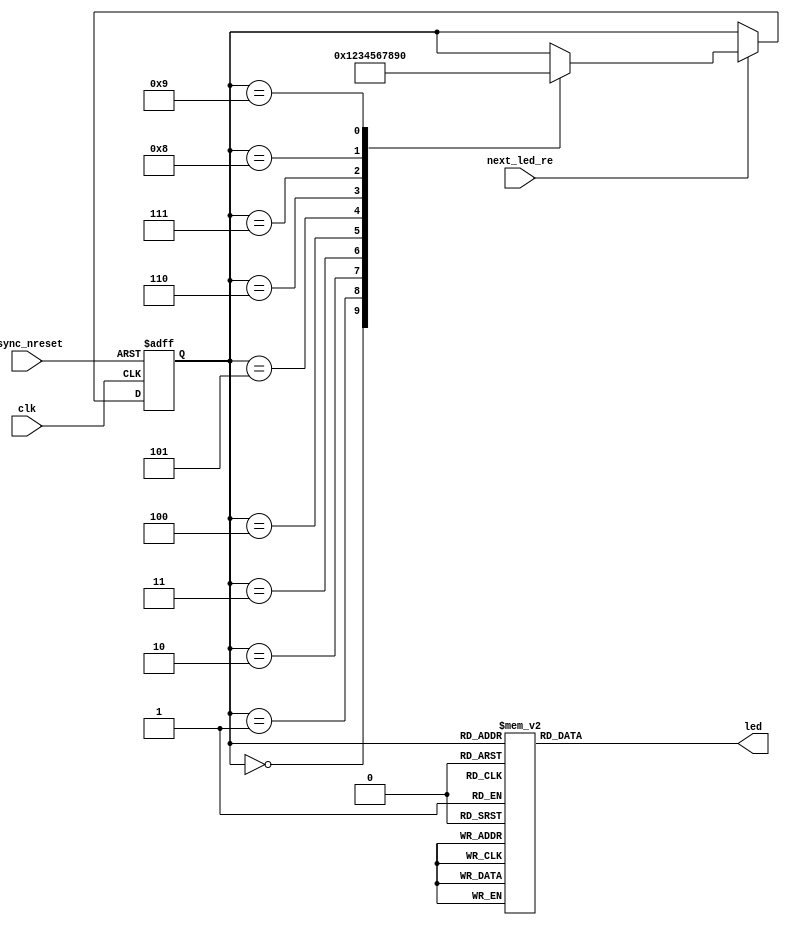
module led_driver_1
	(
		input clk,
		input async_nreset,
		
		input next_led_re,
		
		output reg [4:0] led
	);
	
	localparam OFF_STATE = 4'd0;
	localparam STATE_A = 4'd1;
	localparam STATE_B = 4'd2;
	localparam STATE_C = 4'd3;
	localparam STATE_D = 4'd4;
	localparam STATE_E = 4'd5;
	localparam STATE_F = 4'd6;
	localparam STATE_G = 4'd7;
	localparam STATE_H = 4'd8;
	localparam STATE_I = 4'd9;
	
	reg [3:0] state_reg, state_next;
	
	always @(*)
	begin
		state_next <= state_reg;
		
		if (next_led_re)
		begin
			case (state_reg)
				OFF_STATE:
					state_next <= STATE_A;
				STATE_A:
					state_next <= STATE_B;
				STATE_B:
					state_next <= STATE_C;
				STATE_C:
					state_next <= STATE_D;
				STATE_D:
					state_next <= STATE_E;
				STATE_E:
					state_next <= STATE_F;
				STATE_F:
					state_next <= STATE_G;
				STATE_G:
					state_next <= STATE_H;
				STATE_H:
					state_next <= STATE_I;
				STATE_I:
					state_next <= OFF_STATE;
			endcase
		end
	end
	
	always @(posedge clk, negedge async_nreset)
	begin
		if (async_nreset == 1'b0)
			state_reg <= OFF_STATE;
		else 
			state_reg <= state_next;
	end
	
	always @(*)
	begin
		case (state_reg)
			OFF_STATE:
				led <= 5'b0_0000;
			STATE_A:
				led <= 5'b0_0001;
			STATE_B:
				led <= 5'b1_0000;
			STATE_C:
				led <= 5'b0_0010;
			STATE_D:
				led <= 5'b0_1000;
			STATE_E:
				led <= 5'b0_0100;
			STATE_F:
				led <= 5'b0_0010;
			STATE_G:
				led <= 5'b0_1000;
			STATE_H:
				led <= 5'b0_0001;
			STATE_I:
				led <= 5'b1_0000;
			default:
				led <= 5'b0_0000;
		endcase
	end
	
endmodule